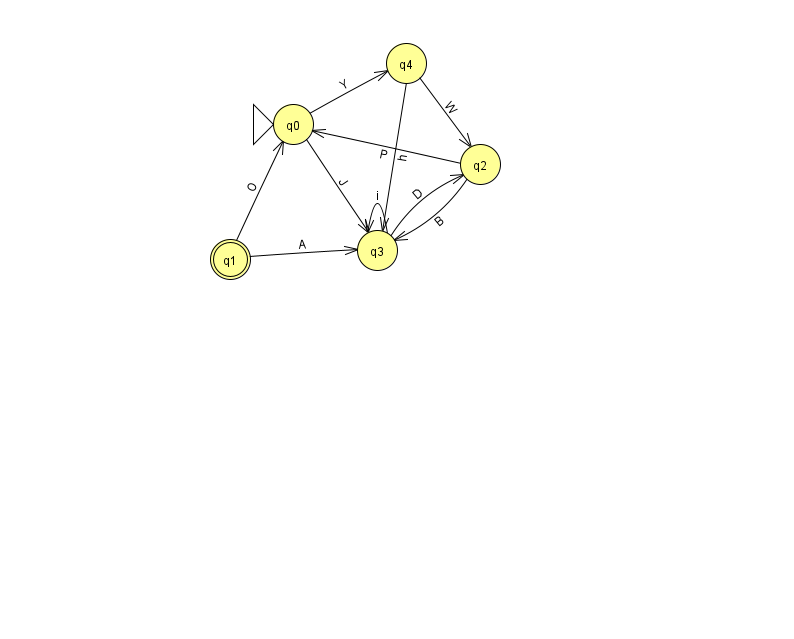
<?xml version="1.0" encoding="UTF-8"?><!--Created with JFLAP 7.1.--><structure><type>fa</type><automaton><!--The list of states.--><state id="0" name="q0"><x>293.0</x><y>111.0</y><initial/></state><state id="1" name="q1"><x>230.0</x><y>246.0</y><final/></state><state id="2" name="q2"><x>480.0</x><y>151.0</y></state><state id="3" name="q3"><x>377.0</x><y>237.0</y></state><state id="4" name="q4"><x>406.0</x><y>50.0</y></state><!--The list of transitions.--><transition><from>2</from><to>0</to><read>P</read></transition><transition><from>4</from><to>2</to><read>W</read></transition><transition><from>4</from><to>3</to><read>h</read></transition><transition><from>0</from><to>3</to><read>J</read></transition><transition><from>3</from><to>2</to><read>D</read></transition><transition><from>3</from><to>3</to><read>i</read></transition><transition><from>1</from><to>0</to><read>O</read></transition><transition><from>0</from><to>4</to><read>Y</read></transition><transition><from>1</from><to>3</to><read>A</read></transition><transition><from>2</from><to>3</to><read>B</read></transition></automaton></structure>